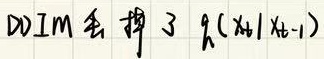
DDIM 丢掉了 \(q(x_{t}|x_{t - 1})\)